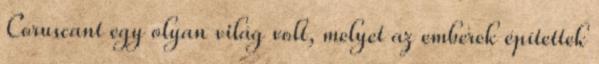
Coruscant egy olyan világ volt, melyet az emberek építettek